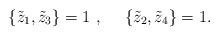
LaTeX: \begin{align*} \lbrace {\tilde z_1},{\tilde z_3}\rbrace =1~,~~~~ \lbrace {\tilde z_2},{\tilde z_4}\rbrace =1 .\end{align*}